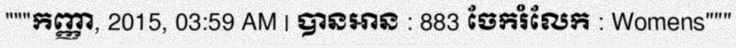
"""កញ្ញា, 2015, 03:59 AM | បានអាន : 883 ចែករំលែក : Womens"""